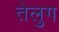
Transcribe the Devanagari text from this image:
तेलुग